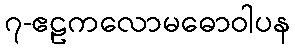
၇-ဧဠကလောမဓောဝါပန